Scientific memoirs by medical officers of the Army of India - Part IV,
Year: 1889
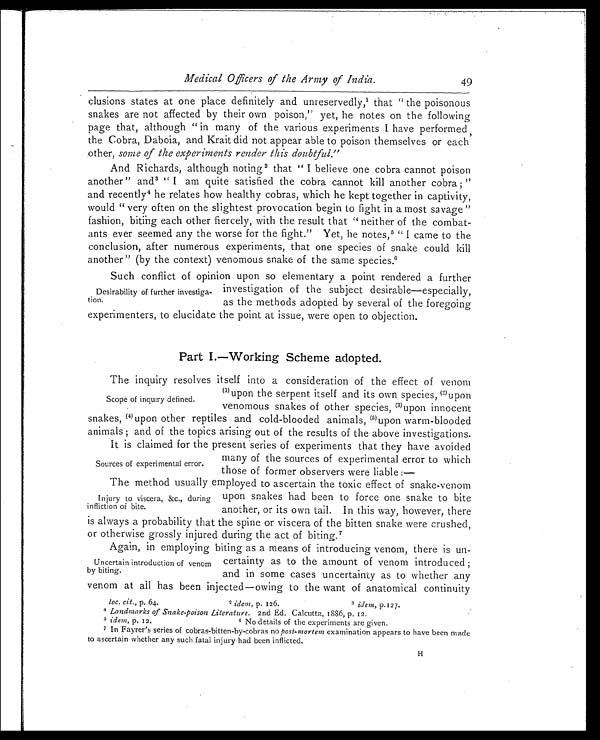
Medical Officers of the Army of India.
clusions states at one place definitely and unreservedly,1 that "the poisonous
snakes are not affected by their own poison," yet, he notes on the following
page that, although "in many of the various experiments I have performed,
the Cobra, Daboia, and Krait did not appear able to poison themselves or each
other, some of the experiments render this doubtful. "
And Richards, although noting2 that "I believe one cobra cannot poison
another" and3 "I am quite satisfied the cobra cannot kill another cobra;"
and recently4 he relates how healthy cobras, which he kept together in captivity,
would "very often on the slightest provocation begin to fight in a most savage"
fashion, biting each other fiercely, with the result that "neither of the combat
- a n t s e v e r s e e m e d a n y t h e w o r s e f o r t h e f i g h t . " Y e t , h e n o t e s , 5 " I c a m e t o t h e
conclusion, after numerous experiments, that one species of snake could kill
another" (by the context) venomous snake of the same species.6
Such conflict of opinion upon so elementary a point rendered a further
investigation of the subject desirable—especially,
as the methods adopted by several of the foregoing
experimenters, to elucidate the point at issue, were open to objection.
Part I.—Working Scheme adopted.
The inquiry resolves itself into a consideration of the effect of venom
(1)upon the serpent itself and its own species, (2)upon
venomous snakes of other species, (3)upon innocent
snakes, (4)upon other reptiles and cold-blooded animals, (5)upon warm-blooded
animals; and of the topics arising out of the results of the above investigations.
It is claimed for the present series of experiments that they have avoided
many of the sources of experimental error to which
those of former observers were liable:—
The method usually employed to ascertain the toxic effect of snake-venom
upon snakes had been to force one snake to bite
another, or its own tail. In this way, however, there
is always a probability that the spine or viscera of the bitten snake were crushed,
or otherwise grossly injured during the act of biting.7
Again, in employing biting as a means of introducing venom, there is un-
certainty as to the amount of venom introduced;
and in some cases uncertainty as to whether any
venom at all has been injected—owing to the want of anatomical continuity
loc. cit., p. 64. 2 idem, p. 126. 3 idem, p.127.
4 Landmarks of Snake-poison Literature. 2nd Ed. Calcutta, 1886, p. 12.
5 idem, p. 12. 6 No details of the experiments are given.
7 In Fayrer's series of cobras-bitten-by-cobras no post-mortem examination appears to have been made
to ascertain whether any such fatal injury had been inflicted.
49
Desirability of further investiga
-tion.
Scope of inquiry defined.
Sources of experimental error.
Injury to viscera, &c., during
infliction of bite.
Uncertain introduction of venom
by biting.
H